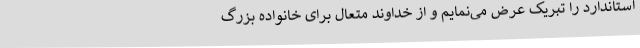
استاندارد را تبریک عرض می‌نمایم و از خداوند متعال برای خانواده بزرگ